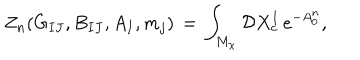
Z _ { n } ( G _ { I J } , B _ { I J } , A _ { I } , m _ { j } ) \, = \, \int _ { M _ { \chi } } { \cal D } X _ { c } ^ { I } \, e ^ { - A _ { 0 } ^ { n } } ,